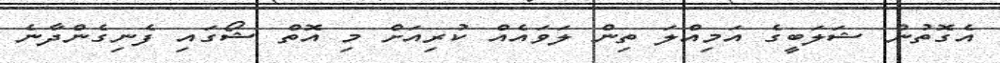
އެގޮތުން ޝަލަބީގެ އަމިއްލަ ތިން ލަވައެއް ކުރިއަށް މި އޮތް ޝޯގައި ފެނިގެންދާނެ